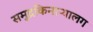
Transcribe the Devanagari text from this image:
समुद्रकिनाऱ्यालग